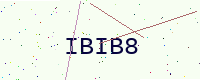
Text: IBIB8